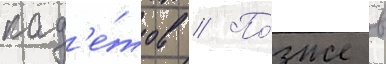
кад'е́тов // По́зже в